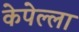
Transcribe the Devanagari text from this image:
केपेल्ला